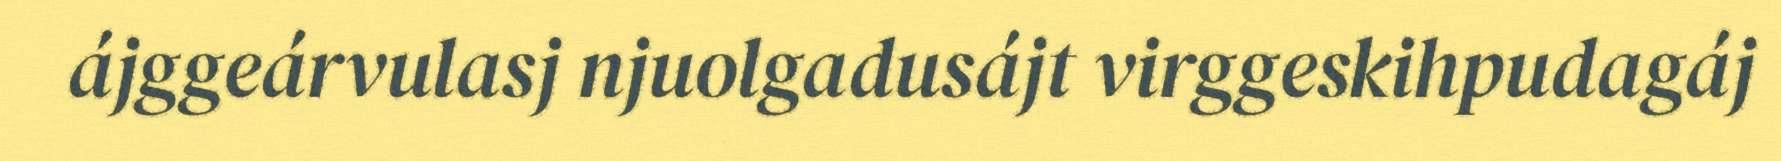
ájggeárvulasj njuolgadusájt virggeskihpudagáj